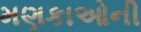
મણકાઓની